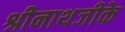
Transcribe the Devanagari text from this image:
श्रीनाथजीके